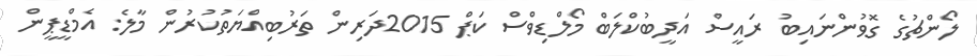
ލޯންޗުގެ ގޮވުންނައިބު ރައީސް އަދީބުކްލަބް މޯލްޑިވްސް ކަޕް 2015ދަރިން ތަރުބިއްޔަތުކުރުން މާލެ: އެމްޑީޕީން